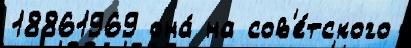
18861969 она́ на сов'е́тского